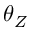
\theta _ { Z }